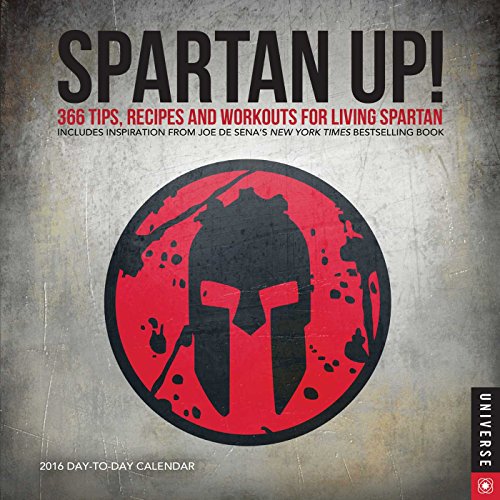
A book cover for Spartan UP! 2016 Day-to-Day Calendar: A Year of Tips, Recipes, and Workouts for Living Spartan; Joe DeSena; Calendars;